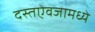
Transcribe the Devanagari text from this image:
दस्तऐवजामध्ये